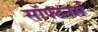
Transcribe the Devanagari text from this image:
सॉफ्टनर्स